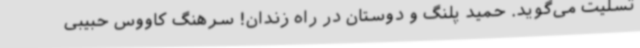
تسلیت می‌گوید. حمید پلنگ و دوستان در راه زندان! سرهنگ کاووس حبیبی